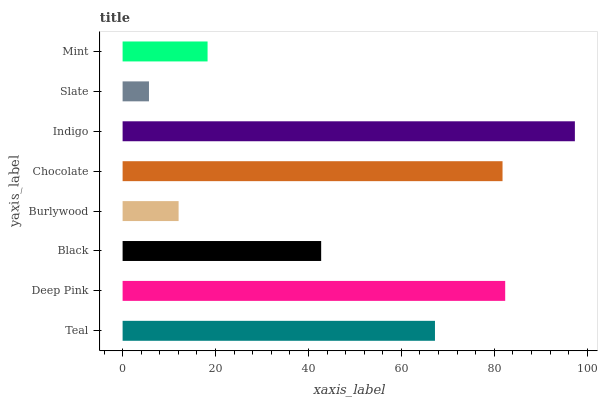
| yaxis_label | bars |
 | --- | --- |
 | Teal | 67.2 |
 | Deep Pink | 82.3 |
 | Black | 42.7 |
 | Burlywood | 12.1 |
 | Chocolate | 81.8 |
 | Indigo | 97.3 |
 | Slate | 5.68 |
 | Mint | 18.3 |